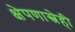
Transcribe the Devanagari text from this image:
क्षेपणास्त्रेही